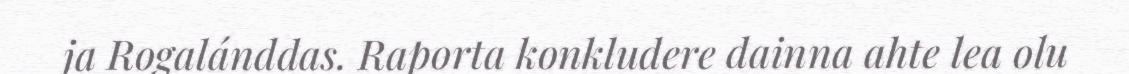
ja Rogalánddas. Raporta konkludere dainna ahte lea olu